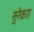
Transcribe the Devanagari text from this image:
सुरेकाा